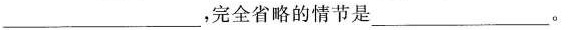
___，完全省略的情节是___。